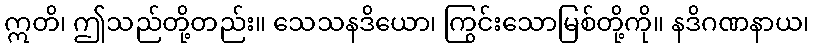
ဣတိ၊ ဤသည်တို့တည်း။ သေသနဒိယော၊ ကြွင်းသောမြစ်တို့ကို။ နဒိဂဏနာယ၊